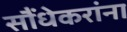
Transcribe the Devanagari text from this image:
सौंधेकरांना